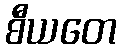
စီယတေ